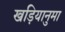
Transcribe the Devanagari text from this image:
खड़ियानुमा